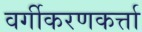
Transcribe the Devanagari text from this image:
वर्गीकरणकर्त्ता